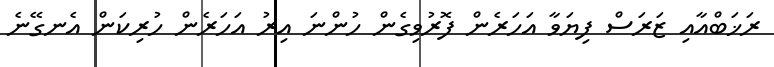
ރަޚަބްއާއި ޒަރަސް ފިޔަވާ އަހަރެން ފޮރުވިގެން ހުންނަ އިރު އަހަރެން ހުރިކަން އެނގޭނެ